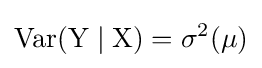
{\rm {{Var}(Y\mid X)=\sigma ^{2}(\mu )}}